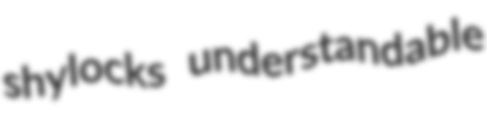
shylocks understandable